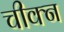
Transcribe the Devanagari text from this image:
चीक्न